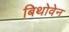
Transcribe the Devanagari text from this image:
बिथोवेन